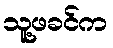
သူ့ဖခင်က